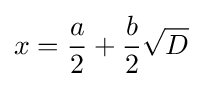
x={\frac {a}{2}}+{\frac {b}{2}}{\sqrt {D}}